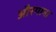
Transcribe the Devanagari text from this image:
औरगाना